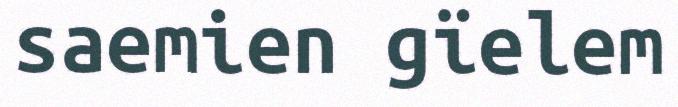
saemien gïelem